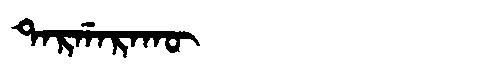
Manchu: ᡨᠠᡵᡤᠠᡵᠠᡴᡡ
Romanization: TARGARAKŪ